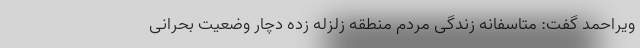
ویراحمد گفت: متاسفانه زندگی مردم منطقه زلزله زده دچار وضعیت بحرانی